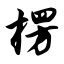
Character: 楞